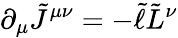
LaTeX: \partial_{\mu}\tilde{J}^{\mu\nu}=-\tilde{\ell}\tilde{L}^{\nu}